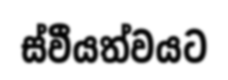
ස්වීයත්වයට